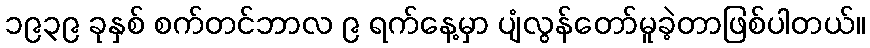
၁၉၃၉ ခုနှစ် စက်တင်ဘာလ ၉ ရက်နေ့မှာ ပျံလွန်တော်မူခဲ့တာဖြစ်ပါတယ်။